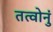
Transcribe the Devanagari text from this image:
तत्वोनुं